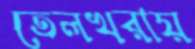
তেলখরায়